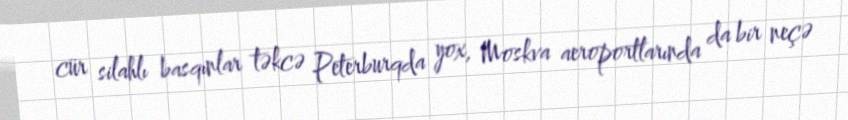
cür silahlı basqınlar təkcə Peterburqda yox, Moskva aeroportlarında da bir neçə